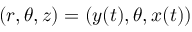
( r , \theta , z ) = ( y ( t ) , \theta , x ( t ) )